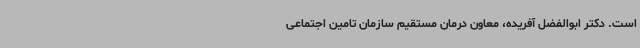
است. دکتر ابوالفضل آفریده، معاون درمان مستقیم سازمان تامین‌ اجتماعی